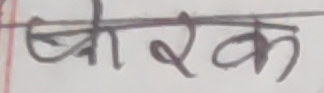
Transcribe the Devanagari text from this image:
बाँकर